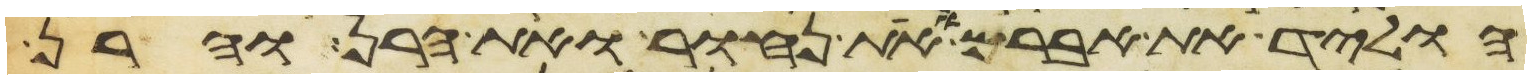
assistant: הוליד את אברם ואת נחור ואת הרן והרן